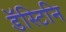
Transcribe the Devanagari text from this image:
डॅस्टिनि